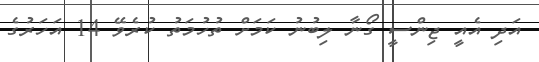
އަދި އެއީ ޖިންސީ ގޯނާ ލިބުނު ކަމަށް ތުހުމަތު ކުރެވޭ 14 އަހަރުގެ